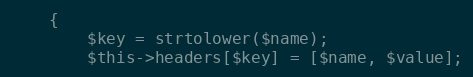
Language: PHP
    {
        $key = strtolower($name);
        $this->headers[$key] = [$name, $value];